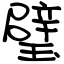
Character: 璧